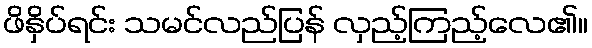
ဖိနှိပ်ရင်း သမင်လည်ပြန် လှည့်ကြည့်လေ၏။